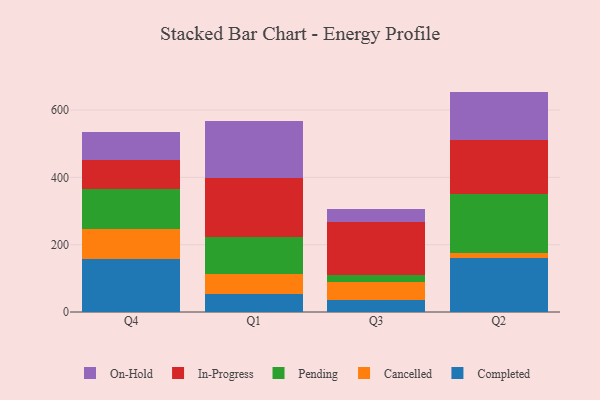
{"axis": {"x": "Quarter", "y": "Market Share (%)"}, "legend": ["Cancelled", "Completed", "In-Progress", "On-Hold", "Pending"], "data": [{"x": "Q4", "y": 158.3, "type": "Completed"}, {"x": "Q4", "y": 88.5, "type": "Cancelled"}, {"x": "Q4", "y": 119.7, "type": "Pending"}, {"x": "Q4", "y": 85.9, "type": "In-Progress"}, {"x": "Q4", "y": 83.0, "type": "On-Hold"}, {"x": "Q1", "y": 52.1, "type": "Completed"}, {"x": "Q1", "y": 62.0, "type": "Cancelled"}, {"x": "Q1", "y": 107.6, "type": "Pending"}, {"x": "Q1", "y": 177.6, "type": "In-Progress"}, {"x": "Q1", "y": 169.3, "type": "On-Hold"}, {"x": "Q3", "y": 35.9, "type": "Completed"}, {"x": "Q3", "y": 52.3, "type": "Cancelled"}, {"x": "Q3", "y": 22.2, "type": "Pending"}, {"x": "Q3", "y": 158.1, "type": "In-Progress"}, {"x": "Q3", "y": 38.2, "type": "On-Hold"}, {"x": "Q2", "y": 160.4, "type": "Completed"}, {"x": "Q2", "y": 16.2, "type": "Cancelled"}, {"x": "Q2", "y": 174.6, "type": "Pending"}, {"x": "Q2", "y": 161.1, "type": "In-Progress"}, {"x": "Q2", "y": 142.5, "type": "On-Hold"}]}